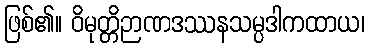
ဖြစ်၏။ ဝိမုတ္တိဉာဏဒဿနသမ္ပဒါကထာယ၊